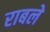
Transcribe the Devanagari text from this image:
राबले